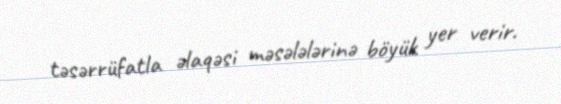
təsərrüfatla əlaqəsi məsələlərinə böyük yer verir.